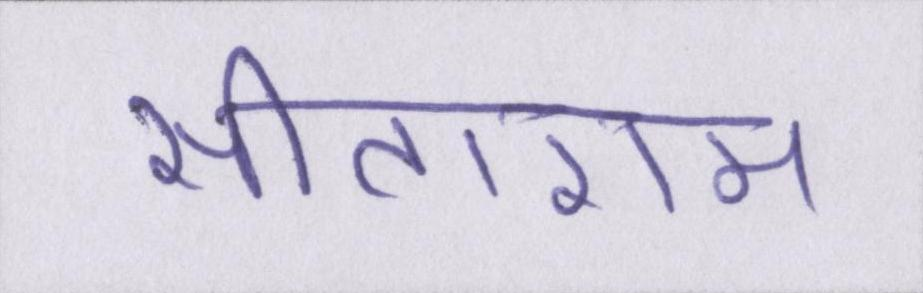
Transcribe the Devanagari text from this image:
सीताराम